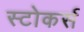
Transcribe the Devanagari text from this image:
स्टोकर्स